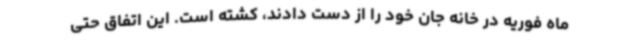
ماه فوریه در خانه جان خود را از دست دادند، کشته است. این اتفاق حتی